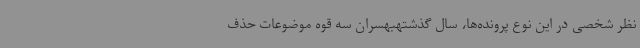
نظر شخصی در این نوع پرونده‌ها، سال گذشتهبهسران سه قوه موضوعات حذف